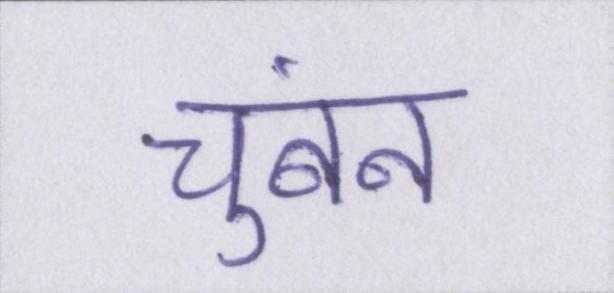
चुंबन